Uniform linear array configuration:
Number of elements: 48
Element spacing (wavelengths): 0.25
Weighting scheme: exponential
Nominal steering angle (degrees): -60
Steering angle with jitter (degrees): -58.27
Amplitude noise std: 0.05
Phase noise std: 0.05

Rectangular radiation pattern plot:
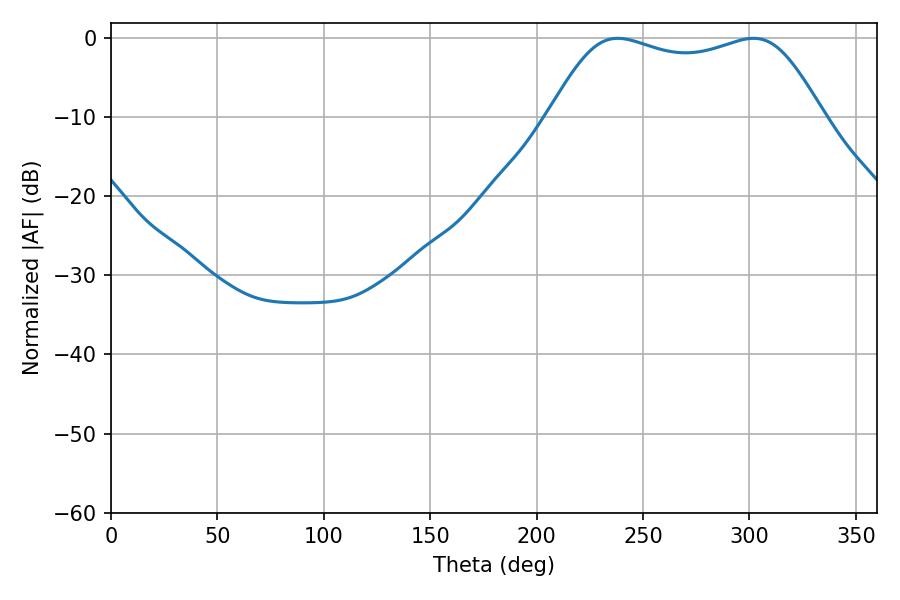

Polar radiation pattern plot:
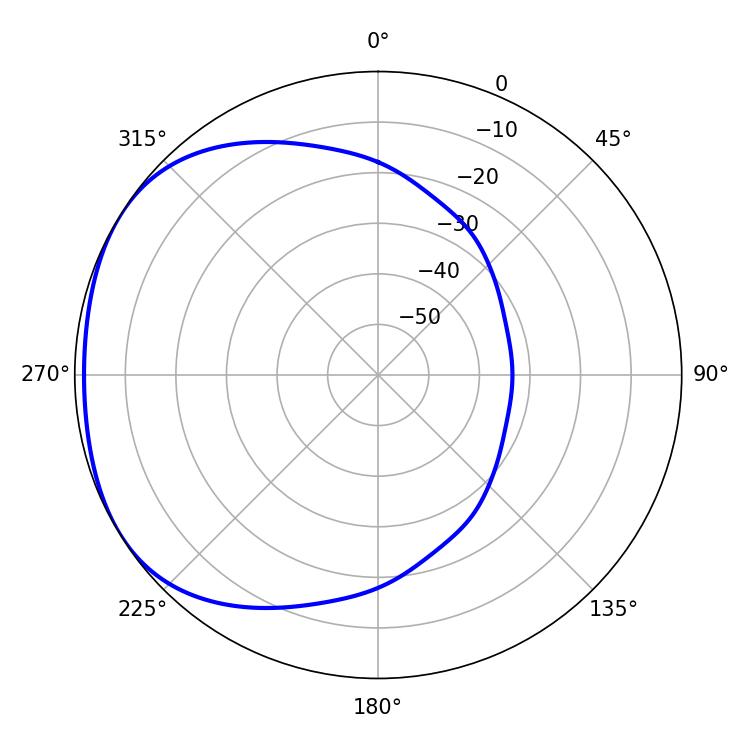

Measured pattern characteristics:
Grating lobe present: FALSE
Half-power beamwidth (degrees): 99.36
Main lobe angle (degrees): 238.14